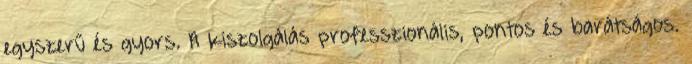
egyszerű és gyors. A kiszolgálás professzionális, pontos és barátságos.